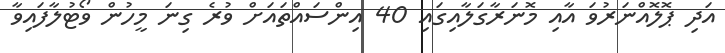
އަދި ޕޮލޮއްނަރުވަ އާއި މޮނަރާގަލާއިގައި 40 އިންސައްތައަށް ވުރެ ގިނަ މީހުން ވޯޓުލާފައިވާ